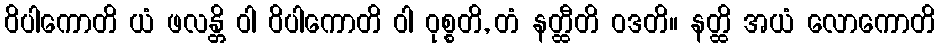
ဝိပါကောတိ ယံ ဖလန္တိ ဝါ ဝိပါကောတိ ဝါ ဝုစ္စတိ, တံ နတ္ထီတိ ဝဒတိ။ နတ္ထိ အယံ လောကောတိ